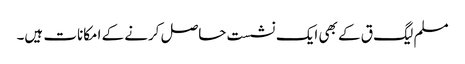
مسلم لیگ ق کے بھی ایک نشست حاصل کرنے کے امکانات ہیں۔